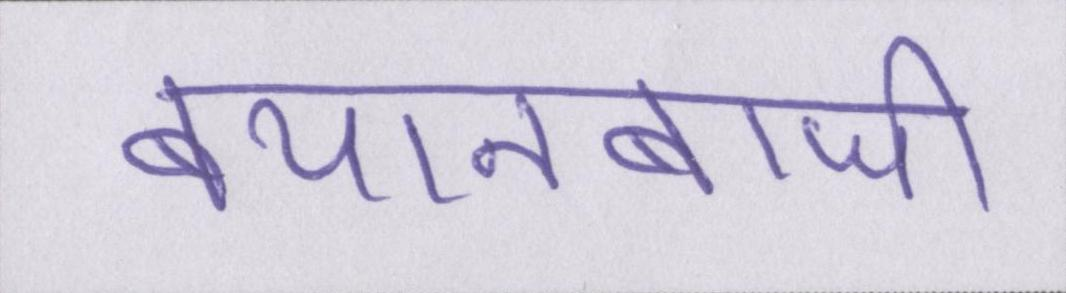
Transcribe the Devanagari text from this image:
बयानबाजी